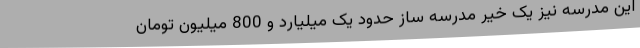
این مدرسه نیز یک خیر مدرسه ساز حدود یک میلیارد و 800 میلیون تومان